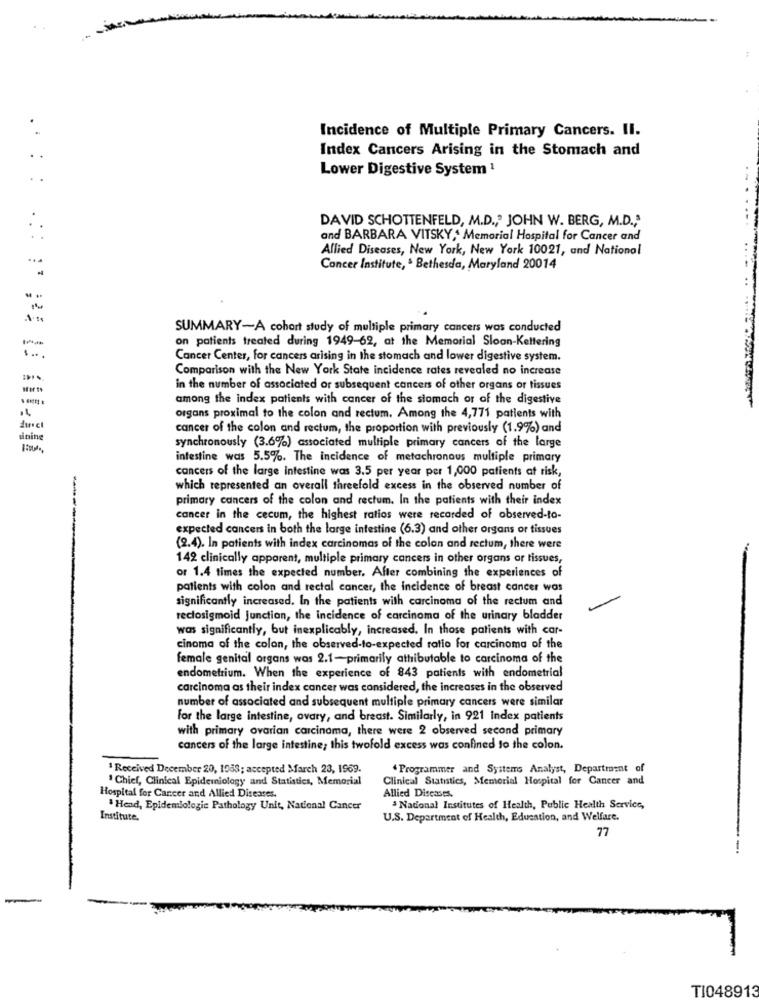
Incidence of Multiple Primary Cancers. Il.
Index Cancers Arising in the Stomach and
Lower Digestive System 1
DAVID SCHOTTENFELD, M.D ., ' JOHN W. BERG, M.D ., "
and BARBARA VITSKY ,* Memorial Hospital for Cancer and
Allied Diseases, New York, New York 10021, and National
Cancer Institute, . Bethesda, Maryland 20014
--
SUMMARY-A cohort study of multiple primary cancers was conducted
-
on patients treated during 1949-62, at the Memorial Sloan-Kettering
Cancer Center, for cancers arising in the stomach and lower digestive system.
Comparison with the New York State incidence rates revealed no increase
in the number of associated or subsequent cancers of other organs or tissues
among the index patients with cancer of the stomach or of the digestive
organs proximal to the colon and rectum. Among the 4,771 patients with
cancer of the colon and rectum, the proportion with previously (1.9%) and
sinine
synchronously (3.6%) associated multiple primary cancers of the large
intestine was 5.5%. The incidence of metachronous multiple primary
cancers of the large intestine was 3.5 per year per 1,000 patients at risk,
which represented an overall threefold excess in the observed number of
primary cancers of the colon and rectum. In the patients with their index
cancer in the cecum, the highest ratios were recorded of observed-to-
expected cancers in both the large intestine (6.3) and other organs or tissues
(2.4). In patients with index carcinomas of the colon and rectum, there were
142 clinically apparent, multiple primary cancers in other organs or tissues,
or 1.4 times the expected number. After combining the experiences of
patients with colon and rectal cancer, the incidence of breast cancer was
significantly increased. In the patients with carcinoma of the rectum and
rectosigmoid junction, the incidence of carcinoma of the urinary bladder
was significantly, but inexplicably, increased. In those patients with car-
cinoma of the colan, the observed-to-expected ratio for carcinoma of the
female genital organs was 2.1-primarily athibutable to carcinoma of the
endometrium. When the experience of 843 patients with endometrial
carcinoma as their index cancer was considered, the increases in the observed
number of associated and subsequent multiple primary cancers were similar
For the large intestine, ovary, and breast. Similarly, in 921 index patients
with primary ovarian carcinoma, there were 2 observed second primary
cancers of the large intestine; this twofold excess was confined to the colon.
1 Received December 20, 1988; accepted March 23, 1969.
Programmer and Systems Analyst, Department of
' Chief, Clinical Epidemiology and Statistics, Memorial
Clinical Statistics, Memorial Hospital for Cancer and
Hospital for Cancer and Allied Diseases.
Allied Diseases.
. Head, Epidemiologic Pathology Unit, National Cancer
National Institutes of Health, Public Health Service,
Institute.
U.S. Department of Health, Education, and Welfare.
77
TI048913